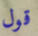
قول